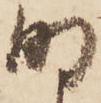
明